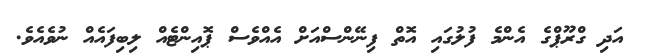
އަދި ގްރޫޕްގެ އެންމެ ފުލުގައި އޮތް ފިނޭންސްއަށް އެއްވެސް ޕޮއިންޓެއް ލިބިފައެއް ނުވެއެވެ.